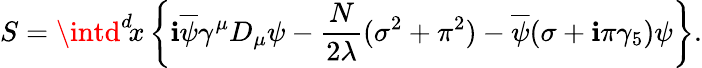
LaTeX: S=\intd^{d}\! x\left\{ \mathbf{i}\overline{{{{\psi}}}}\gamma^{\mu}D_{\mu}\psi-{\frac{{N}}{{2\lambda}}}(\sigma^{2}+\pi^{2})-\overline{{{{\psi}}}}(\sigma+\mathbf{i}\pi\gamma_{5})\psi\right\} .